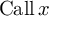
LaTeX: \operatorname { C a l l } x